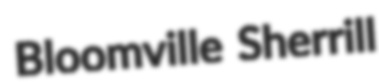
Bloomville Sherrill